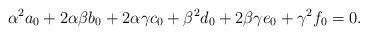
LaTeX: \begin{align*} \alpha^2a_0+2\alpha\beta b_0+2\alpha\gamma c_0+\beta^2d_0+2\beta\gamma e_0+\gamma^2 f_0=0. \end{align*}